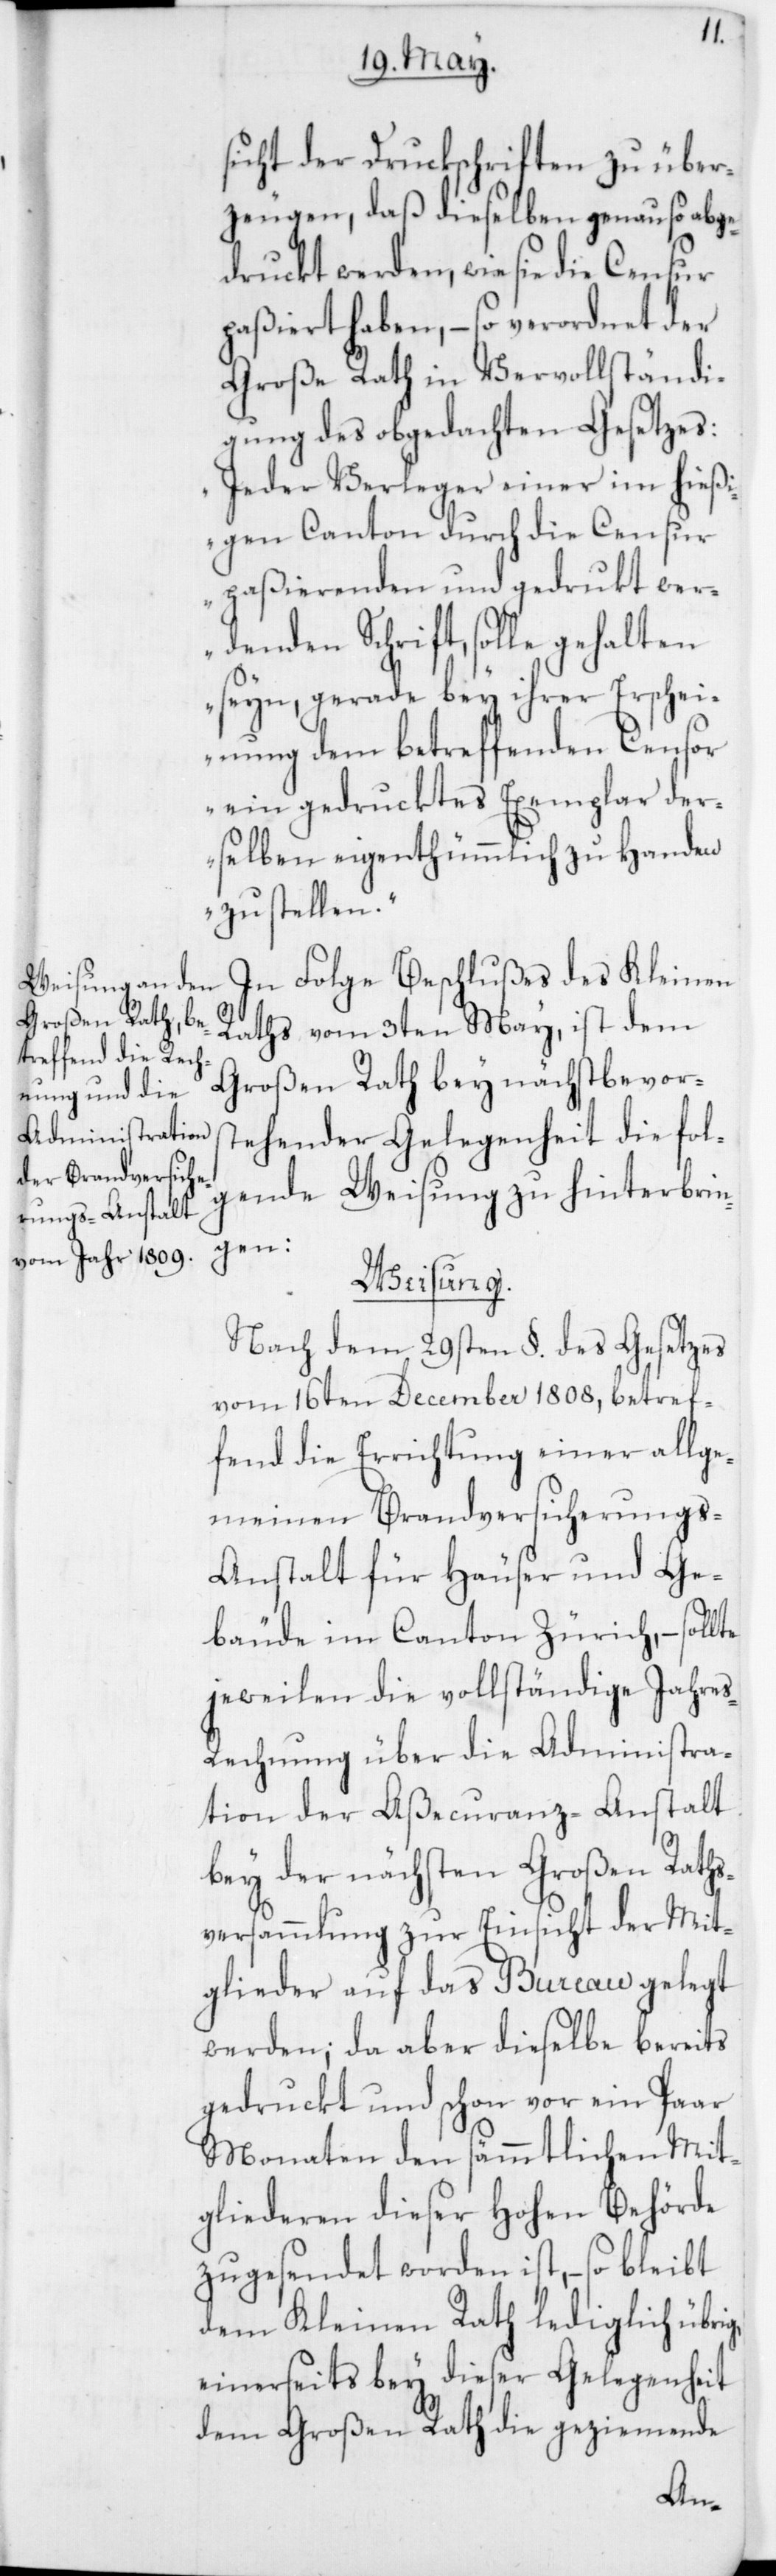
sicht der Druckschriften zu über¬
zeugen, daß dieselben genau so abge¬
druckt werden, wie sie die
paßiert haben, – so verordnet der
Große Rath in Vervollständi¬
gung des obgedachten Gesetzes:
„Jeder Verleger einer im hießi¬
gen Canton durch die Censur
paßierenden und gedrukt wer¬
denden Schrift, solle gehalten
seyn, gerade bey ihrer Erschei¬
nung dem betreffenden Censor
ein gedrucktes Exemplar der¬
selben eigenthümmlich zu Handen
zu stellen.“
In Folge Beschlußes des Kleinen
Raths vom 3ten May, ist dem
Großen Rath bey nächstbevors¬
tehender Gelegenheit die fol¬
gende Weisung zu hinterbrin¬
gen:
Weisung.
Nach dem 29sten §. des Gesetzes
vom 16ten December 1808, betref¬
fend die Errichtung einer allge¬
meinen Brandversicherung¬
s-Anstalt für Häuser und Ge¬
bäude im Canton Zürich, –
jeweilen die vollständige Jahre¬
s-Rechnung über die Administra¬
tion der Aßecuranz-Anstalt
bey der nächsten Großen Raths¬
versammlung zur Einsicht der Mit¬
glieder auf das Bureau gelegt
werden; da aber dieselbe bereits
gedruckt und schon vor ein paar
Monaten den sämmtlichen Mit¬
gliederen dieser Hohen Behörde
zugesendet worden ist, – so bleibt
dem Kleinen Rath lediglich übri¬
einerseits bey dieser Gelegen heit
dem Großen Rath die geziemende
g,